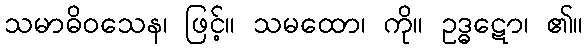
သမာဓိဝသေန၊ ဖြင့်။ သမထော၊ ကို။ ဥဒ္ဓဋော၊ ၏။